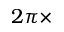
2 \pi \times